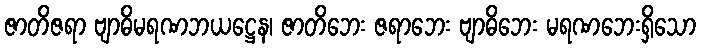
ဇာတိဇရာ ဗျာဓိမရဏဘယဋ္ဌေန၊ ဇာတိဘေး ဇရာဘေး ဗျာဓိဘေး မရဏဘေးရှိသော